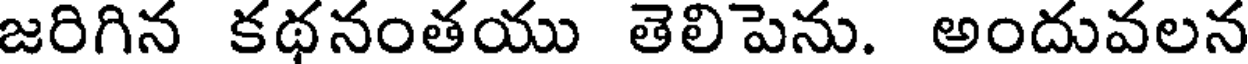
జరిగిన కథనంతయు తెలిపెను. అందువలన